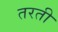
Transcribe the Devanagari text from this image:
तरती